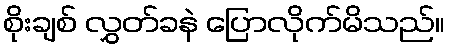
စိုးချစ် လွှတ်ခနဲ ပြောလိုက်မိသည်။